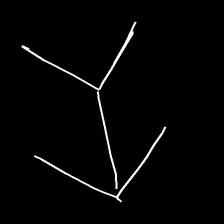
Glyph: gather